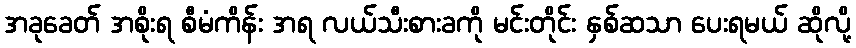
အခုခေတ် အစိုးရ စီမံကိန်း အရ လယ်သီးစားခကို မင်းတိုင်း နှစ်ဆသာ ပေးရမယ် ဆိုလို့